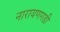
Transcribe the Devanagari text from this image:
नारायणगडी